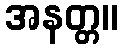
အနတ္တ။